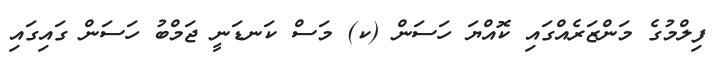
ފިލްމުގެ މަންޒަރެއްގައި ކޮއްޔަ ހަސަން (ކ) މަސް ކަނޑަނީ ޖަމްބު ހަސަން ގައިގައި